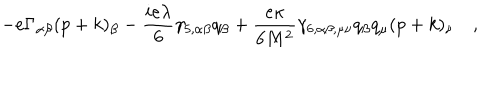
LaTeX: - e \Gamma _ { \alpha \beta } ( p + k ) _ { \beta } - { \frac { i e \lambda } { 6 } } \gamma _ { 5 , \alpha \beta } q _ { \beta } + { \frac { e \kappa } { 6 M ^ { 2 } } } \gamma _ { 6 , \alpha \beta , \mu \nu } q _ { \beta } q _ { \mu } ( p + k ) _ { \nu } \quad ,